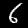
Digit: 6